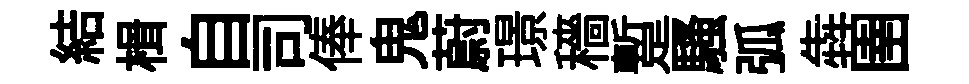
結楫自司俸鬼蔚璟穡蹔騷弧犇圉